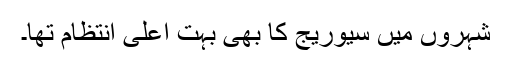
شہروں میں سیورِیج کا بھی بہت اعلیٰ اِنتظام تھا۔